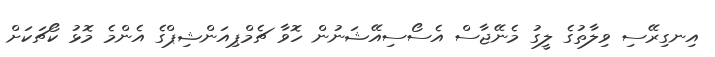
އިނގިރޭސި ވިލާތުގެ ލީގު މެނޭޖާސް އެސޯސިއޭޝަނުން ހޮވާ ޗެމްޕިއަންޝިޕްގެ އެންމެ މޮޅު ކޯޗަކަށް